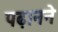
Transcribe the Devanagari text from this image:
पढ़ानने